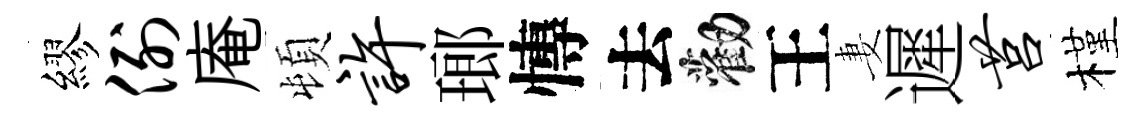
繆例庵頓许瑯慱去勸王妻遲莒槿